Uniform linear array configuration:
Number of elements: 48
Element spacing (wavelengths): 0.25
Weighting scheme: uniform
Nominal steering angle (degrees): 30
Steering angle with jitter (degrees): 31.98
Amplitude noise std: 0.05
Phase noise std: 0.05

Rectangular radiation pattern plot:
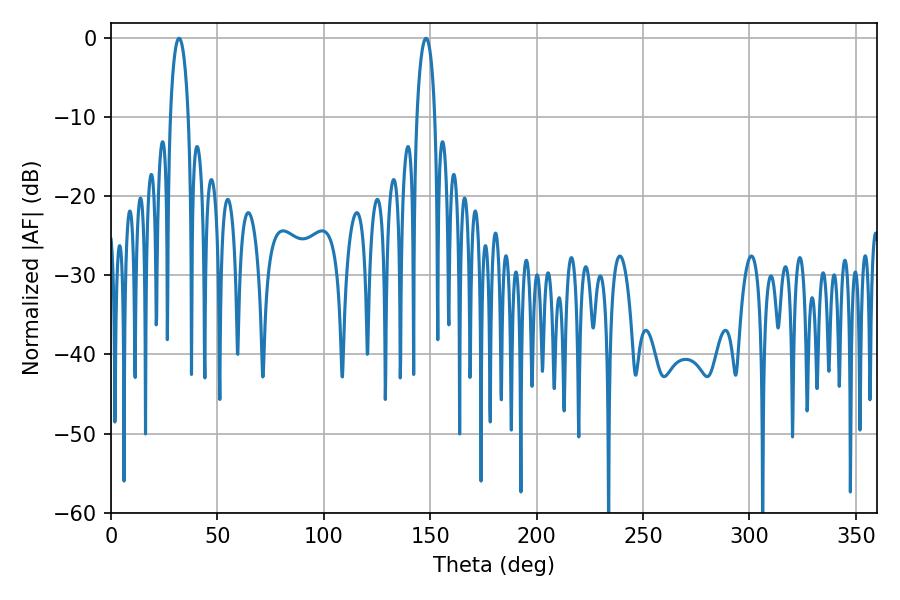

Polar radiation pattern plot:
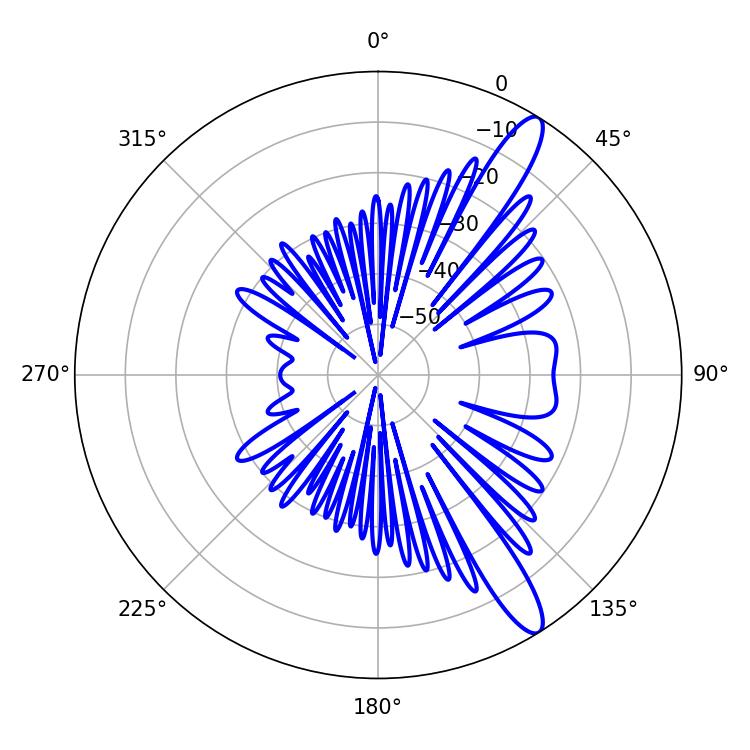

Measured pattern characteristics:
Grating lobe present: FALSE
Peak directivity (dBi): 12.82
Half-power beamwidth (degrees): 4.86
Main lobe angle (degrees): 32.04